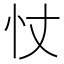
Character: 𢗆